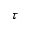
\tau